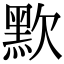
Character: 㱄